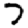
Digit: 7